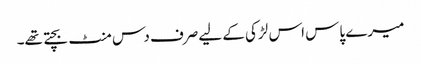
میرے پاس اس لڑکی کے لیےصرف دس منٹ بچتے تھے۔